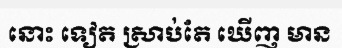
នោះ ទៀត ស្រាប់តែ ឃើញ មាន